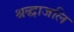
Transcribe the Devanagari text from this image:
श्रद्धाजलि